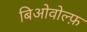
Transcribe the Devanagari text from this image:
बिओवोल्फ़